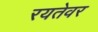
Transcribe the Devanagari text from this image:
रयतेवर